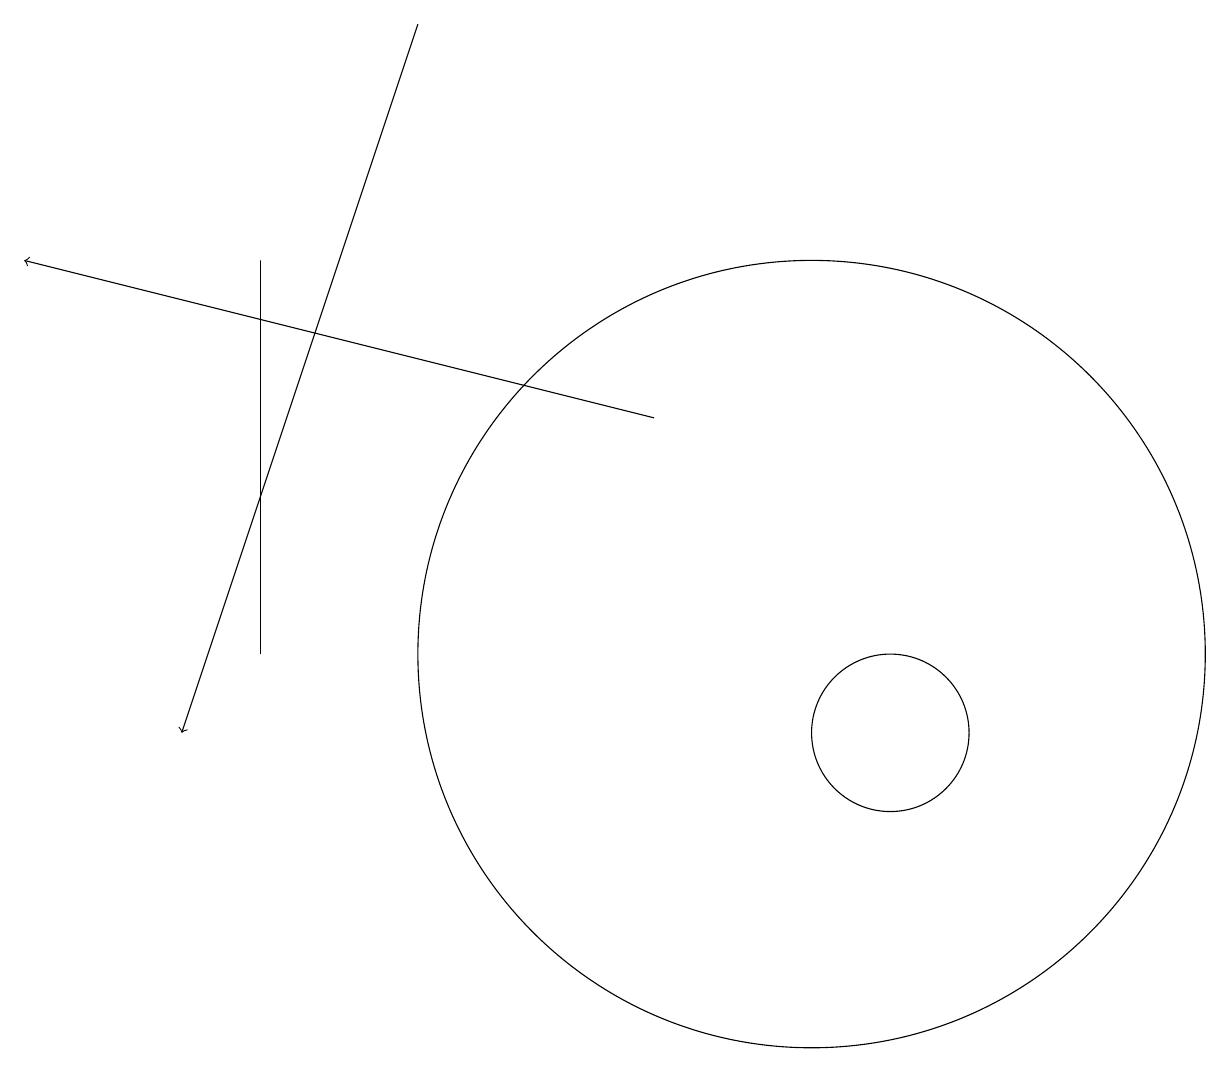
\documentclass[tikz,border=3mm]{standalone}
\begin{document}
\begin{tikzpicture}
\draw (11,10) circle (1);
\draw (10,11) circle (5);
\draw[->] (8,14) -- (0,16);
\draw (3,16) rectangle (3,11);
\draw (11,11) circle (0);
\draw[->] (5,19) -- (2,10);
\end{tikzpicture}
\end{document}